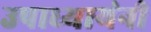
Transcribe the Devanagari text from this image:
उपाध्यायंनी